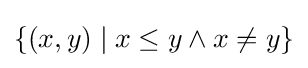
\{(x,y)\mid x\leq y\wedge x\neq y\}